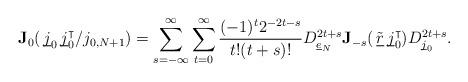
LaTeX: \begin{align*} \mathbf{J}_0(\, \underline{\smash{j}}_0\,\underline{\smash{j}}_0^\intercal/j_{0,N+1}) = \sum_{s=-\infty}^\infty \sum_{t=0}^\infty \frac{(-1)^t2^{-2t-s}}{t!(t+s)!}D_{\underline{e}_N}^{2t+s} \mathbf{J}_{-s}(\, \tilde{\underline{r}}\,\underline{\smash{j}}_0^\intercal ) D_{\underline{\smash{j}}_0}^{2t+s}. \end{align*}